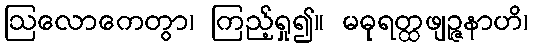
ဩလောကေတွာ၊ ကြည့်ရှု၍။ မဓုရတ္ထဖျဉ္ဇနာဟိ၊